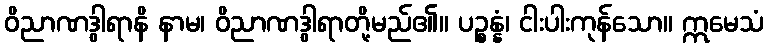
ဝိညာဏဒွါရာနိ နာမ၊ ဝိညာဏဒွါရာတို့မည်၏။ ပဉ္စန္နံ၊ ငါးပါးကုန်သော။ ဣမေသံ